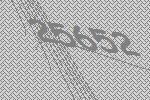
25652